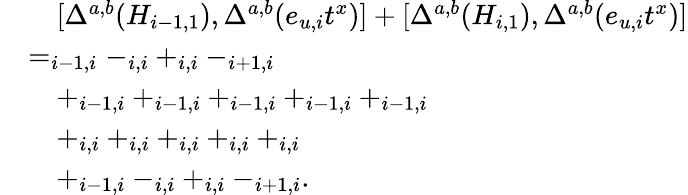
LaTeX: \begin{array}{rl}&{\quad[\Delta^{a,b}(H_{i-1,1}),\Delta^{a,b}(e_{u,i}t^{x})]+[\Delta^{a,b}(H_{i,1}),\Delta^{a,b}(e_{u,i}t^{x})]}\\ &{=_{i-1,i}-_{i,i}+_{i,i}-_{i+1,i}}\\ &{\quad+_{i-1,i}+_{i-1,i}+_{i-1,i}+_{i-1,i}+_{i-1,i}}\\ &{\quad+_{i,i}+_{i,i}+_{i,i}+_{i,i}+_{i,i}}\\ &{\quad+_{i-1,i}-_{i,i}+_{i,i}-_{i+1,i}.}\end{array}